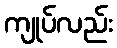
ကျုပ်လည်း